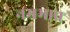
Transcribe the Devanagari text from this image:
नम्रभाव